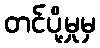
တင်ပို့မှုမှ